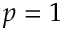
p = 1